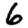
Digit: 6